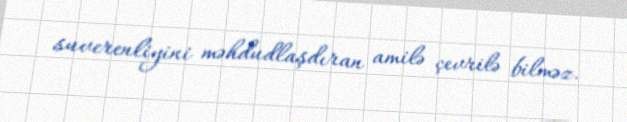
suverenliyini məhdudlaşdıran amilə çevrilə bilməz.